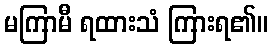
မကြာမီ ရထားသံ ကြားရ၏။